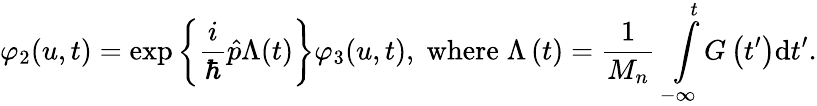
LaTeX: \varphi_{2}(u,t)=\exp\left\{ \frac{i}{\hbar}\hat{p}\Lambda(t)\right\} \varphi_{3}(u,t),\; \mathrm{where}\; \Lambda\left(t\right)=\frac{1}{M_{n}}\intop_{-\infty}^{t}G\left(t^{\prime}\right)\mathrm{d}t^{\prime}.